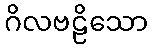
ဂိလဗဠိသော